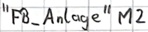
Text: "FB_Anlage" M2